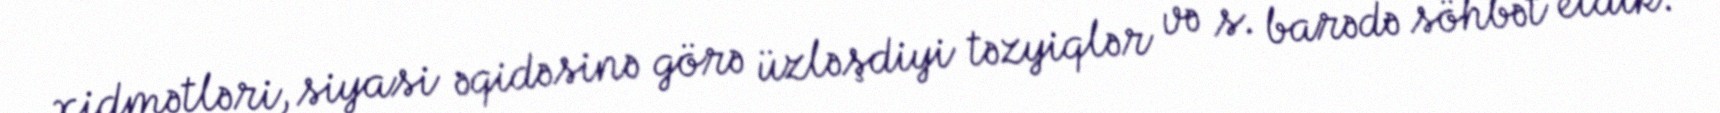
xidmətləri, siyasi əqidəsinə görə üzləşdiyi təzyiqlər və s. barədə söhbət etdik.